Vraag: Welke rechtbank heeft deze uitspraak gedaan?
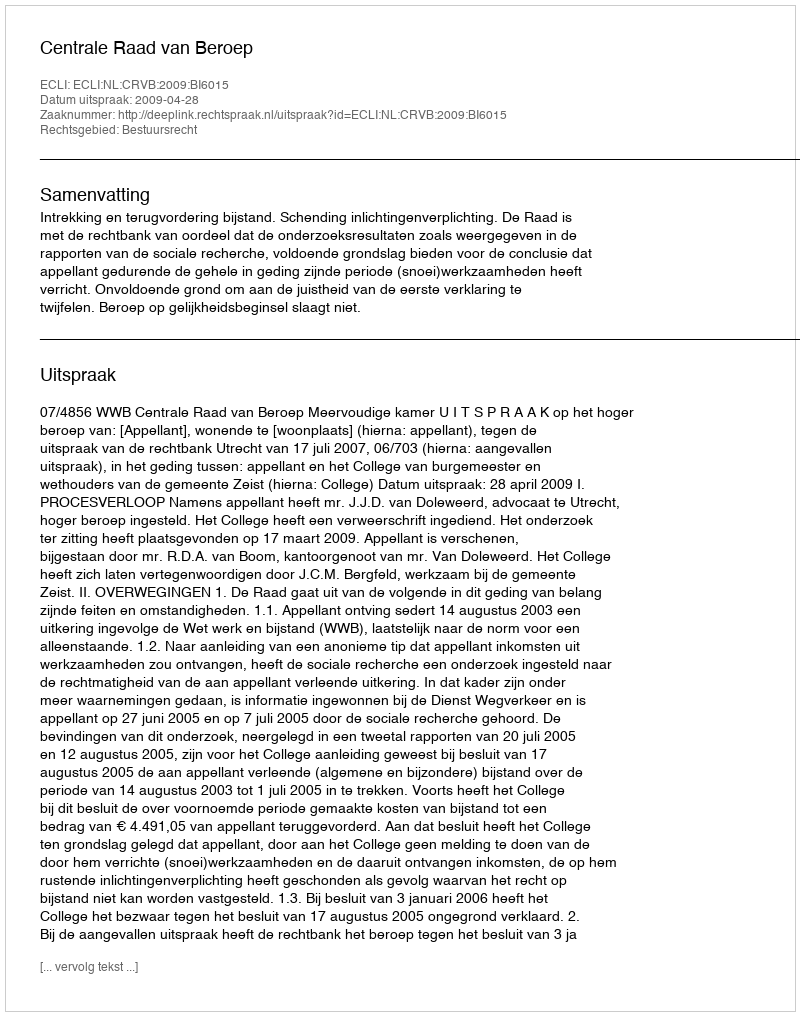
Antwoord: Centrale Raad van Beroep